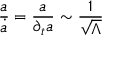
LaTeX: { \frac { a } { \dot { a } } } = { \frac { a } { \partial _ { t } a } } \sim { \frac { 1 } { \sqrt { \Lambda } } }